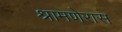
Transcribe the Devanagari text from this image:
श्रामणेरास